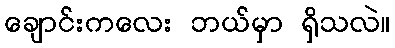
ချောင်းကလေး ဘယ်မှာ ရှိသလဲ။